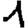
Digit: 1